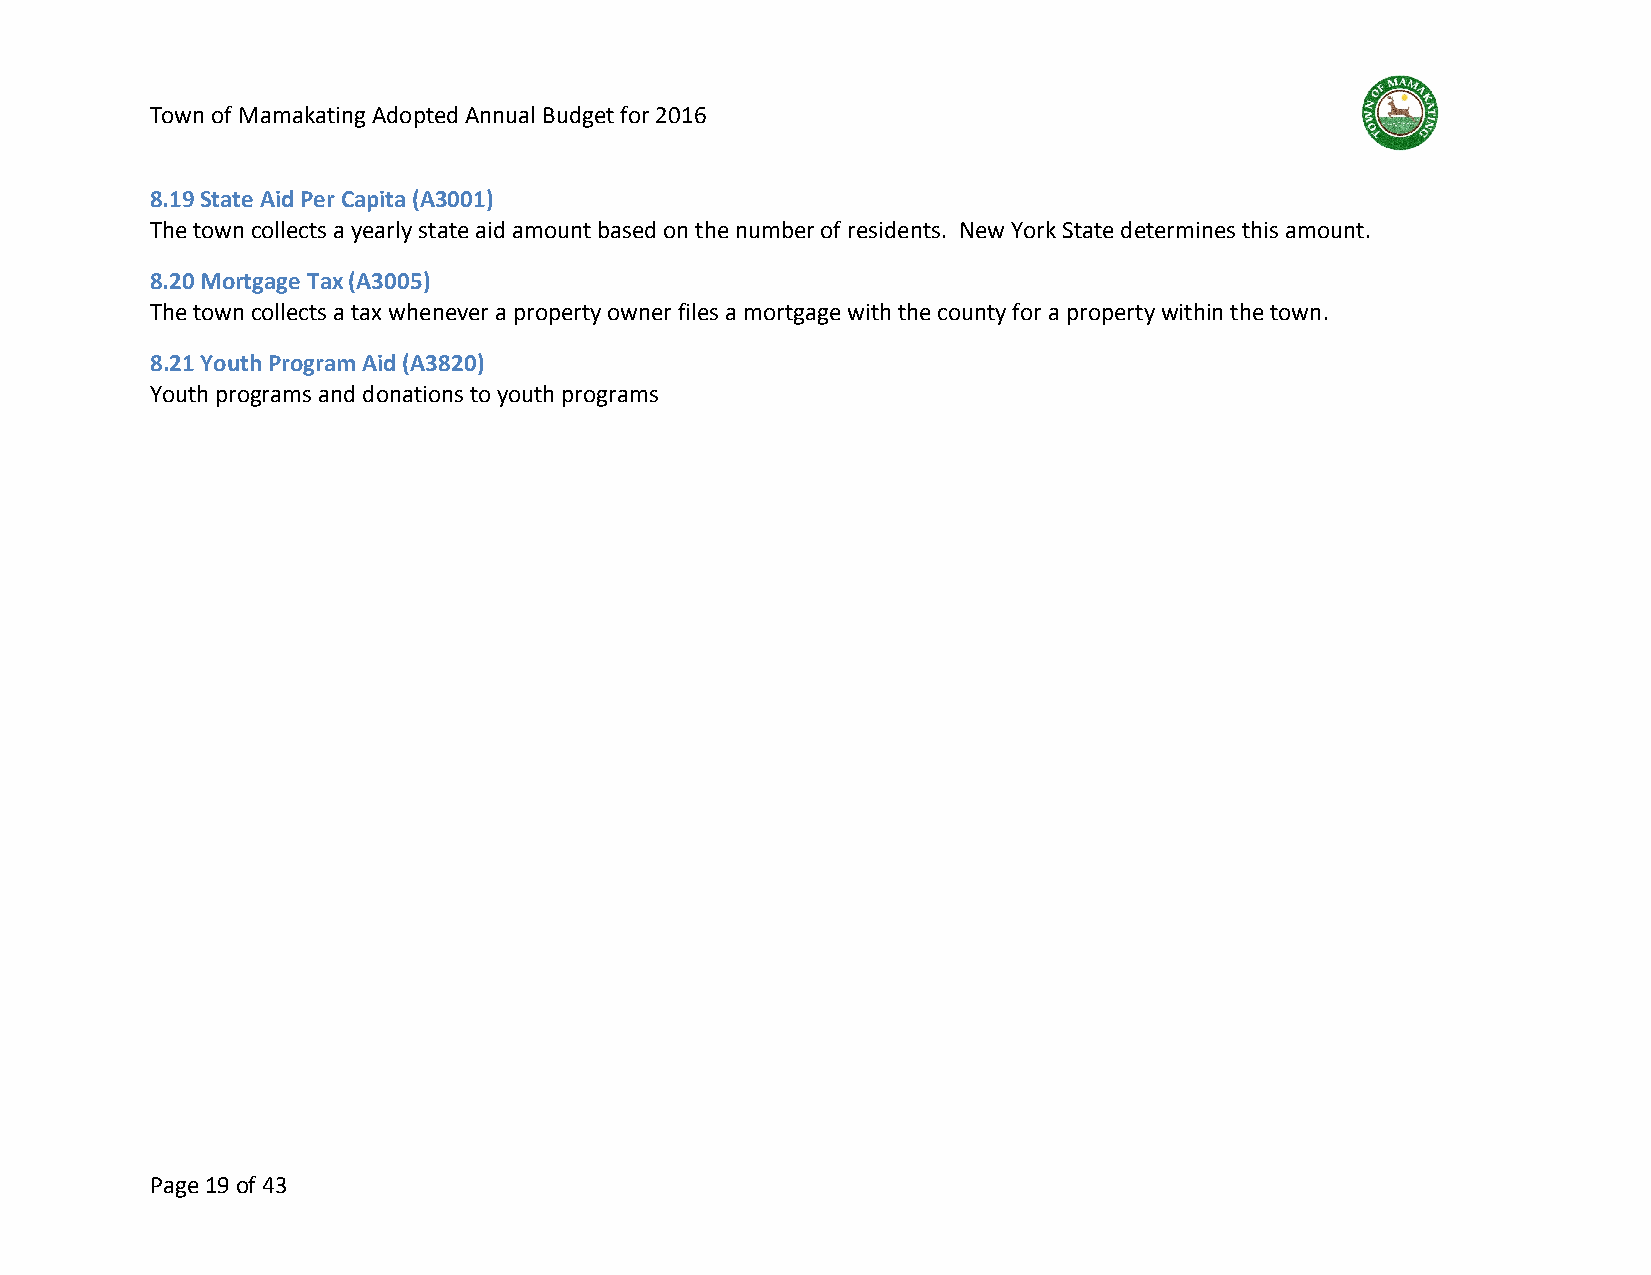
Town of Mamakating Adopted Annual Budget for 2016
 8.19 State Aid Per Capita (A3001)
 The town collects a yearly state aid amount based on the number of residents. New York State determines this amount.
 8.20 Mortgage Tax (A3005)
 The town collects a tax whenever a property owner files a mortgage with the county for a property within the town.
 8.21 Youth Program Aid (A3820)
 Youth programs and donations to youth programs
 Page 19 of 43